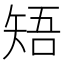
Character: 𥏒